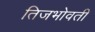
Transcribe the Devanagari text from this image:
तिजभोवती